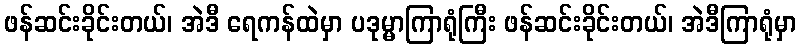
ဖန်ဆင်းခိုင်းတယ်၊ အဲဒီ ရေကန်ထဲမှာ ပဒုမ္မာကြာရုံကြီး ဖန်ဆင်းခိုင်းတယ်၊ အဲဒီကြာရုံမှာ